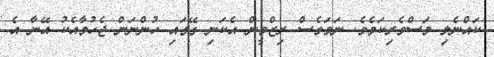
ކައްނެލި މަސްވެރިކަމެވެ. ނަމަވެސް ރިޒްމީން އެކަނި ގޭގައި ހުންނަން ޖެހުމާއެކު އޭނާ އެ